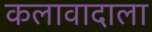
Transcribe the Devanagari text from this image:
कलावादाला